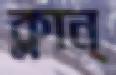
ক্লান্